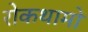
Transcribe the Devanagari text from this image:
रोकथामों